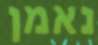
נאמן